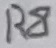
Text: R8